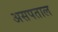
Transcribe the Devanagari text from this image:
असपताल